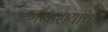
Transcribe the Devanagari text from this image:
जलाशयांचा